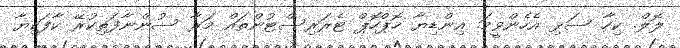
ލޮލް. ކިހާ ސަޅި އެހެންވީމަ. އިންޑިޔާ ހޮޕްހޮޕް ޓެރަރިސްޓުންތައް މަރާ ސުންނާފަތިކުރޭ ކާފަކިޔާ